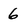
Character: 6